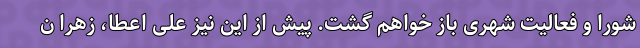
شورا و فعالیت شهری باز خواهم گشت. پیش از این نیز علی اعطا، زهرا ن